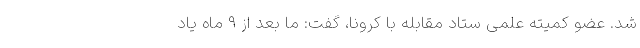
شد. عضو کمیته علمی ستاد مقابله با کرونا، گفت: ما بعد از ۹ ماه یاد